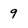
Character: 9